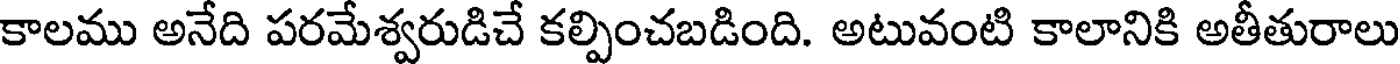
కాలము అనేది పరమేశ్వరుడిచే కల్పించబడింది. అటువంటి కాలానికి అతీతురాలు